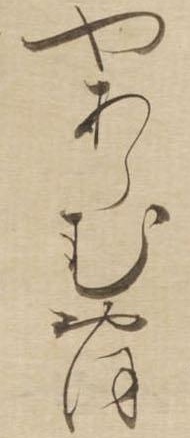
やあらむおほ